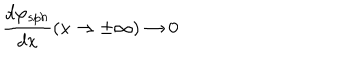
\frac { d \varphi _ { s p h } } { d x } ( x \rightarrow \pm \infty ) \rightarrow 0